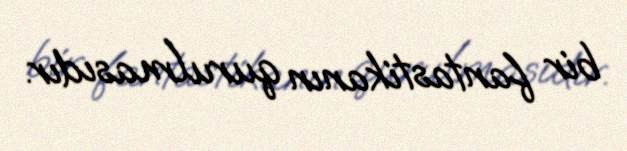
bir fantastikanın qurulmasıdır.